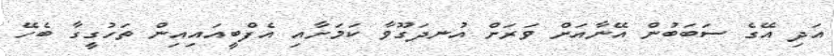
އަދި އޭގެ ސަބަބުން އޭނާއަށް ވަރަށް އުނދަގޫވާ ކަމަށާއި އެފްބީއައިއިން ތަހުގީގާ ބެހޭ